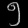
Digit: ၅